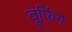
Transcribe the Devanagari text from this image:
वूफिंग